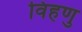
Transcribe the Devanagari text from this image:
विहणु